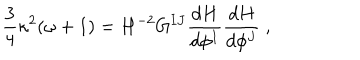
LaTeX: { \frac { 3 } { 4 } } \kappa ^ { 2 } ( \omega + 1 ) = H ^ { - 2 } G ^ { I J } { \frac { d H } { d \phi ^ { I } } } { \frac { d H } { d \phi ^ { J } } } ~ ,